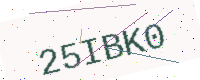
Text: 25IBK0